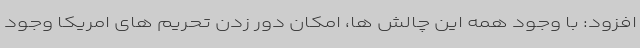
افزود: با وجود همه این چالش ها، امکان دور زدن تحریم های امریکا وجود